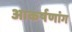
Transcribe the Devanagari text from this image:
आकर्षणांग